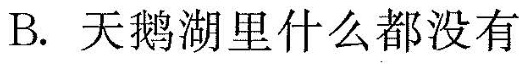
B.天鹅湖里什么都没有